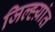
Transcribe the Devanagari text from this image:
जिल्ह्य़ांत